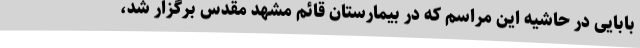
بابایی در حاشیه این مراسم که در بیمارستان قائم مشهد مقدس برگزار شد،